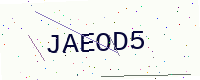
Text: JAEOD5